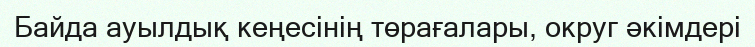
Байда ауылдық кеңесінің төрағалары, округ әкімдері